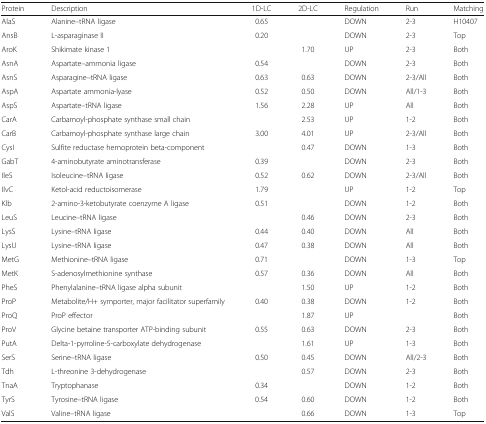
<table><thead><tr><td><b>Protein</b></td><td><b>Description</b></td><td><b>1D-LC</b></td><td><b>2D-LC</b></td><td><b>Regulation</b></td><td><b>Run</b></td><td><b>Matching</b></td></tr></thead><tbody><tr><td>AlaS</td><td>Alanine--tRNA ligase</td><td>0.65</td><td></td><td>DOWN</td><td>2-3</td><td>H10407</td></tr><tr><td>AnsB</td><td>L-asparaginase II</td><td>0.20</td><td></td><td>DOWN</td><td>2-3</td><td>Top</td></tr><tr><td>AroK</td><td>Shikimate kinase 1</td><td></td><td>1.70</td><td>UP</td><td>2-3</td><td>Both</td></tr><tr><td>AsnA</td><td>Aspartate--ammonia ligase</td><td>0.54</td><td></td><td>DOWN</td><td>2-3</td><td>Both</td></tr><tr><td>AsnS</td><td>Asparagine--tRNA ligase</td><td>0.63</td><td>0.63</td><td>DOWN</td><td>2-3/All</td><td>Both</td></tr><tr><td>AspA</td><td>Aspartate ammonia-lyase</td><td>0.52</td><td>0.50</td><td>DOWN</td><td>All/1-3</td><td>Both</td></tr><tr><td>AspS</td><td>Aspartate--tRNA ligase</td><td>1.56</td><td>2.28</td><td>UP</td><td>All</td><td>Both</td></tr><tr><td>CarA</td><td>Carbamoyl-phosphate synthase small chain</td><td></td><td>2.53</td><td>UP</td><td>1-2</td><td>Both</td></tr><tr><td>CarB</td><td>Carbamoyl-phosphate synthase large chain</td><td>3.00</td><td>4.01</td><td>UP</td><td>2-3/All</td><td>Both</td></tr><tr><td>CysI</td><td>Sulfite reductase hemoprotein beta-component</td><td></td><td>0.47</td><td>DOWN</td><td>1-3</td><td>Both</td></tr><tr><td>GabT</td><td>4-aminobutyrate aminotransferase</td><td>0.39</td><td></td><td>DOWN</td><td>2-3</td><td>Both</td></tr><tr><td>IleS</td><td>Isoleucine--tRNA ligase</td><td>0.52</td><td>0.62</td><td>DOWN</td><td>2-3/All</td><td>Both</td></tr><tr><td>IlvC</td><td>Ketol-acid reductoisomerase</td><td>1.79</td><td></td><td>UP</td><td>1-2</td><td>Top</td></tr><tr><td>Klb</td><td>2-amino-3-ketobutyrate coenzyme A ligase</td><td>0.51</td><td></td><td>DOWN</td><td>1-2</td><td>Both</td></tr><tr><td>LeuS</td><td>Leucine--tRNA ligase</td><td></td><td>0.46</td><td>DOWN</td><td>2-3</td><td>Both</td></tr><tr><td>LysS</td><td>Lysine--tRNA ligase</td><td>0.44</td><td>0.40</td><td>DOWN</td><td>All</td><td>Both</td></tr><tr><td>LysU</td><td>Lysine--tRNA ligase</td><td>0.47</td><td>0.38</td><td>DOWN</td><td>All</td><td>Both</td></tr><tr><td>MetG</td><td>Methionine--tRNA ligase</td><td>0.71</td><td></td><td>DOWN</td><td>1-3</td><td>Top</td></tr><tr><td>MetK</td><td>S-adenosylmethionine synthase</td><td>0.57</td><td>0.36</td><td>DOWN</td><td>All</td><td>Both</td></tr><tr><td>PheS</td><td>Phenylalanine--tRNA ligase alpha subunit</td><td></td><td>1.50</td><td>UP</td><td>1-2</td><td>Both</td></tr><tr><td>ProP</td><td>Metabolite/H+ symporter, major facilitator superfamily</td><td>0.40</td><td>0.38</td><td>DOWN</td><td>1-2</td><td>Both</td></tr><tr><td>ProQ</td><td>ProP effector</td><td></td><td>1.87</td><td>UP</td><td></td><td>Both</td></tr><tr><td>ProV</td><td>Glycine betaine transporter ATP-binding subunit</td><td>0.55</td><td>0.63</td><td>DOWN</td><td>2-3</td><td>Both</td></tr><tr><td>PutA</td><td>Delta-1-pyrroline-5-carboxylate dehydrogenase</td><td></td><td>1.61</td><td>UP</td><td>1-3</td><td>Both</td></tr><tr><td>SerS</td><td>Serine--tRNA ligase</td><td>0.50</td><td>0.45</td><td>DOWN</td><td>All/2-3</td><td>Both</td></tr><tr><td>Tdh</td><td>L-threonine 3-dehydrogenase</td><td></td><td>0.57</td><td>DOWN</td><td>2-3</td><td>Both</td></tr><tr><td>TnaA</td><td>Tryptophanase</td><td>0.34</td><td></td><td>DOWN</td><td>1-2</td><td>Both</td></tr><tr><td>TyrS</td><td>Tyrosine--tRNA ligase</td><td>0.54</td><td>0.60</td><td>DOWN</td><td>1-2</td><td>Both</td></tr><tr><td>ValS</td><td>Valine--tRNA ligase</td><td></td><td>0.66</td><td>DOWN</td><td>1-3</td><td>Top</td></tr></tbody></table>